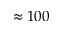
\approx 1 0 0